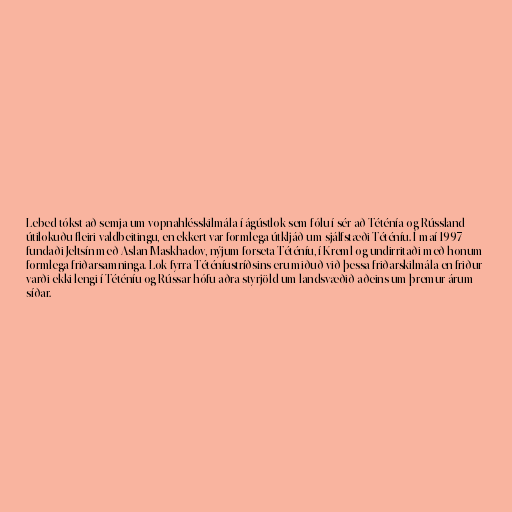
Lebed tókst að semja um vopnahlésskilmála í ágústlok sem fólu í sér að Téténía og Rússland
útilokuðu fleiri valdbeitingu, en ekkert var formlega útkljáð um sjálfstæði Téténíu. Í maí 1997
fundaði Jeltsín með Aslan Maskhadov, nýjum forseta Téténíu, í Kreml og undirritaði með honum
formlega friðarsamninga. Lok fyrra Téténíustríðsins eru miðuð við þessa friðarskilmála en friður
varði ekki lengi í Téténíu og Rússar hófu aðra styrjöld um landsvæðið aðeins um þremur árum
síðar.